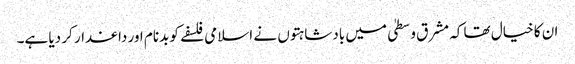
ان کا خیال تھا کہ مشرق وسطیٰ میں بادشاہتوں نے اسلامی فلسفے کو بدنام اور داغدار کر دیا ہے۔